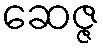
ဆေဇ္ဇ